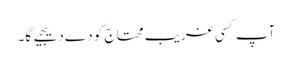
آپ کسی غریب محتاج کو دے دیجیے گا۔